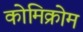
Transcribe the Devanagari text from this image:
कोमिक्रोम